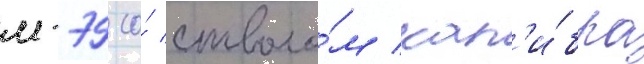
м-79 со́ стволо́м кал'и́бра